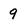
Character: 9